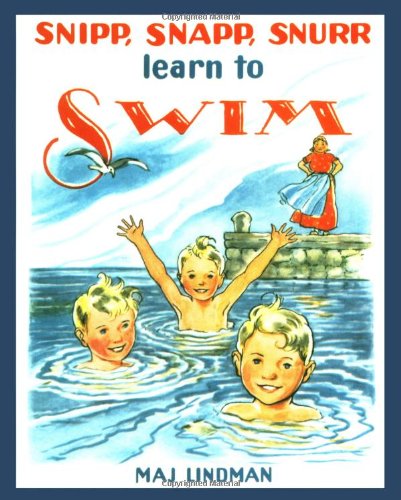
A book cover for Snipp, Snapp, Snurr Learn to Swim; Maj Lindman; Children's Books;